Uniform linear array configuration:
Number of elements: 12
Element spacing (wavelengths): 0.75
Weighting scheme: uniform
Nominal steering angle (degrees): -45
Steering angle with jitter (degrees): -46.79
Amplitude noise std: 0.05
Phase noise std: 0.05

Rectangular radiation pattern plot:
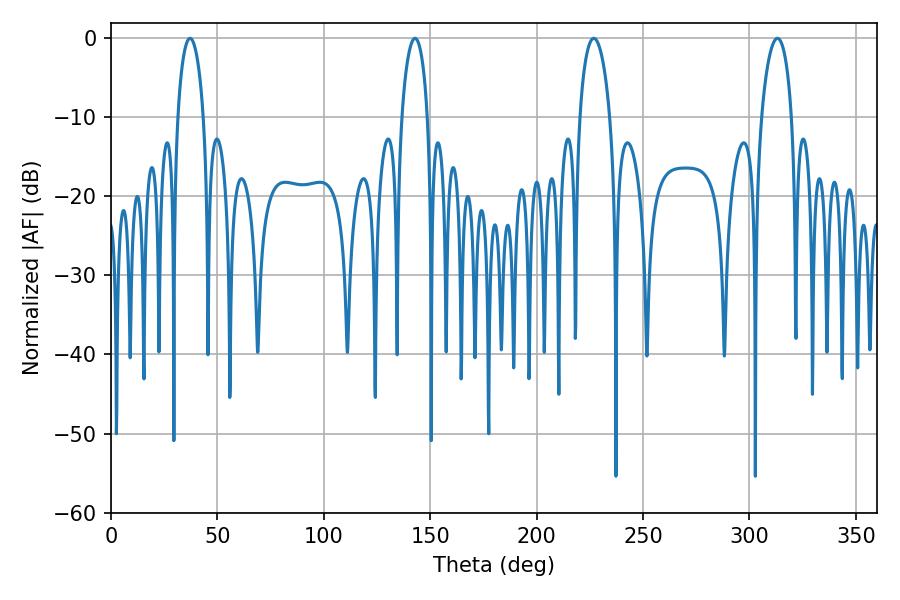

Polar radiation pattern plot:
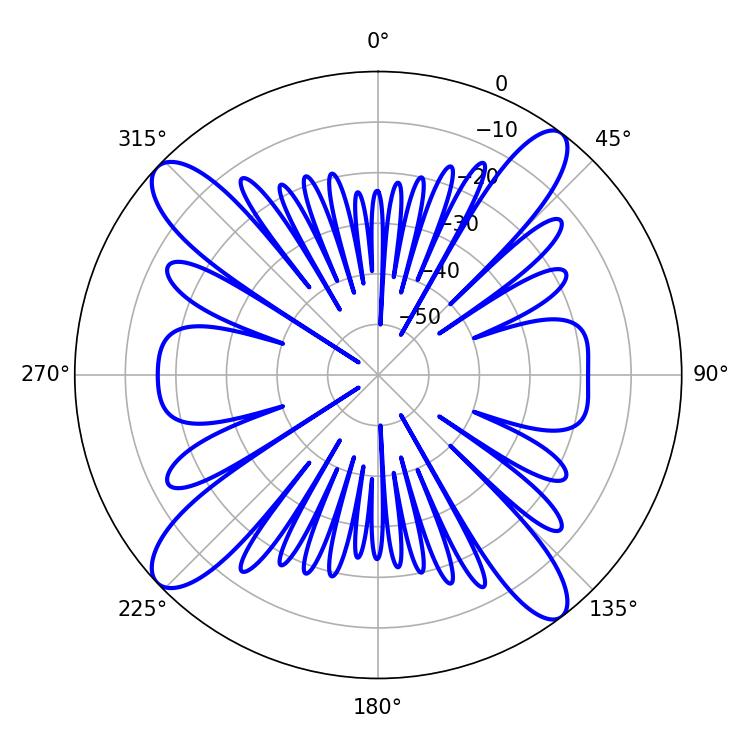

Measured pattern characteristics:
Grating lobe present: TRUE
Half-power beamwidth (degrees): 8.1
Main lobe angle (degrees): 226.8